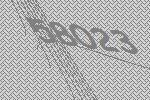
58023